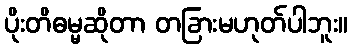
ပိုးတိဓမ္မဆိုတာ တခြားမဟုတ်ပါဘူး။